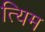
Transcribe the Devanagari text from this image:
त्यिम